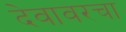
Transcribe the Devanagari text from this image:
देवावरचा